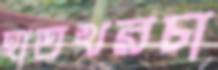
হাতখরচা